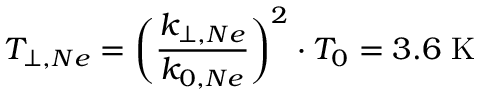
T _ { \perp , N e } = \biggl ( \frac { k _ { \perp , N e } } { k _ { 0 , N e } } \biggr ) ^ { 2 } \cdot T _ { 0 } = 3 . 6 ~ \mathrm { K }